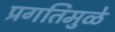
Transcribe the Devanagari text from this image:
प्रगतिमुळे